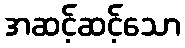
အဆင့်ဆင့်သော